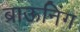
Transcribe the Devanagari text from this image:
ब्राऊनिंग